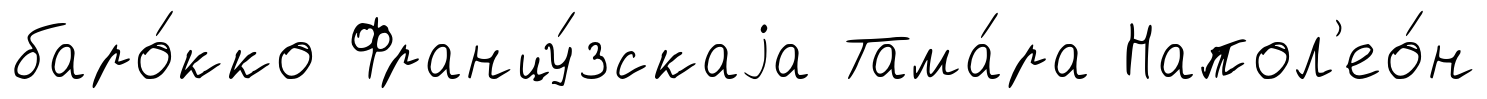
баро́кко Францу́зскаjа Тама́ра Напол'ео́н